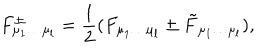
F _ { \mu _ { 1 } \ldots \mu _ { l } } ^ { \pm } = { \frac { 1 } { 2 } } ( F _ { \mu _ { 1 } \ldots \mu _ { l } } \pm \tilde { F } _ { \mu _ { 1 } \ldots \mu _ { l } } ) ,